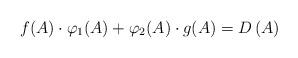
LaTeX: \begin{align*}f(A)\cdot\varphi_{1}(A)+\varphi_{2}(A)\cdot g(A)=D\left( A\right) \end{align*}